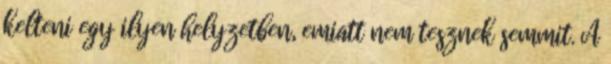
kelteni egy ilyen helyzetben, emiatt nem tesznek semmit. A